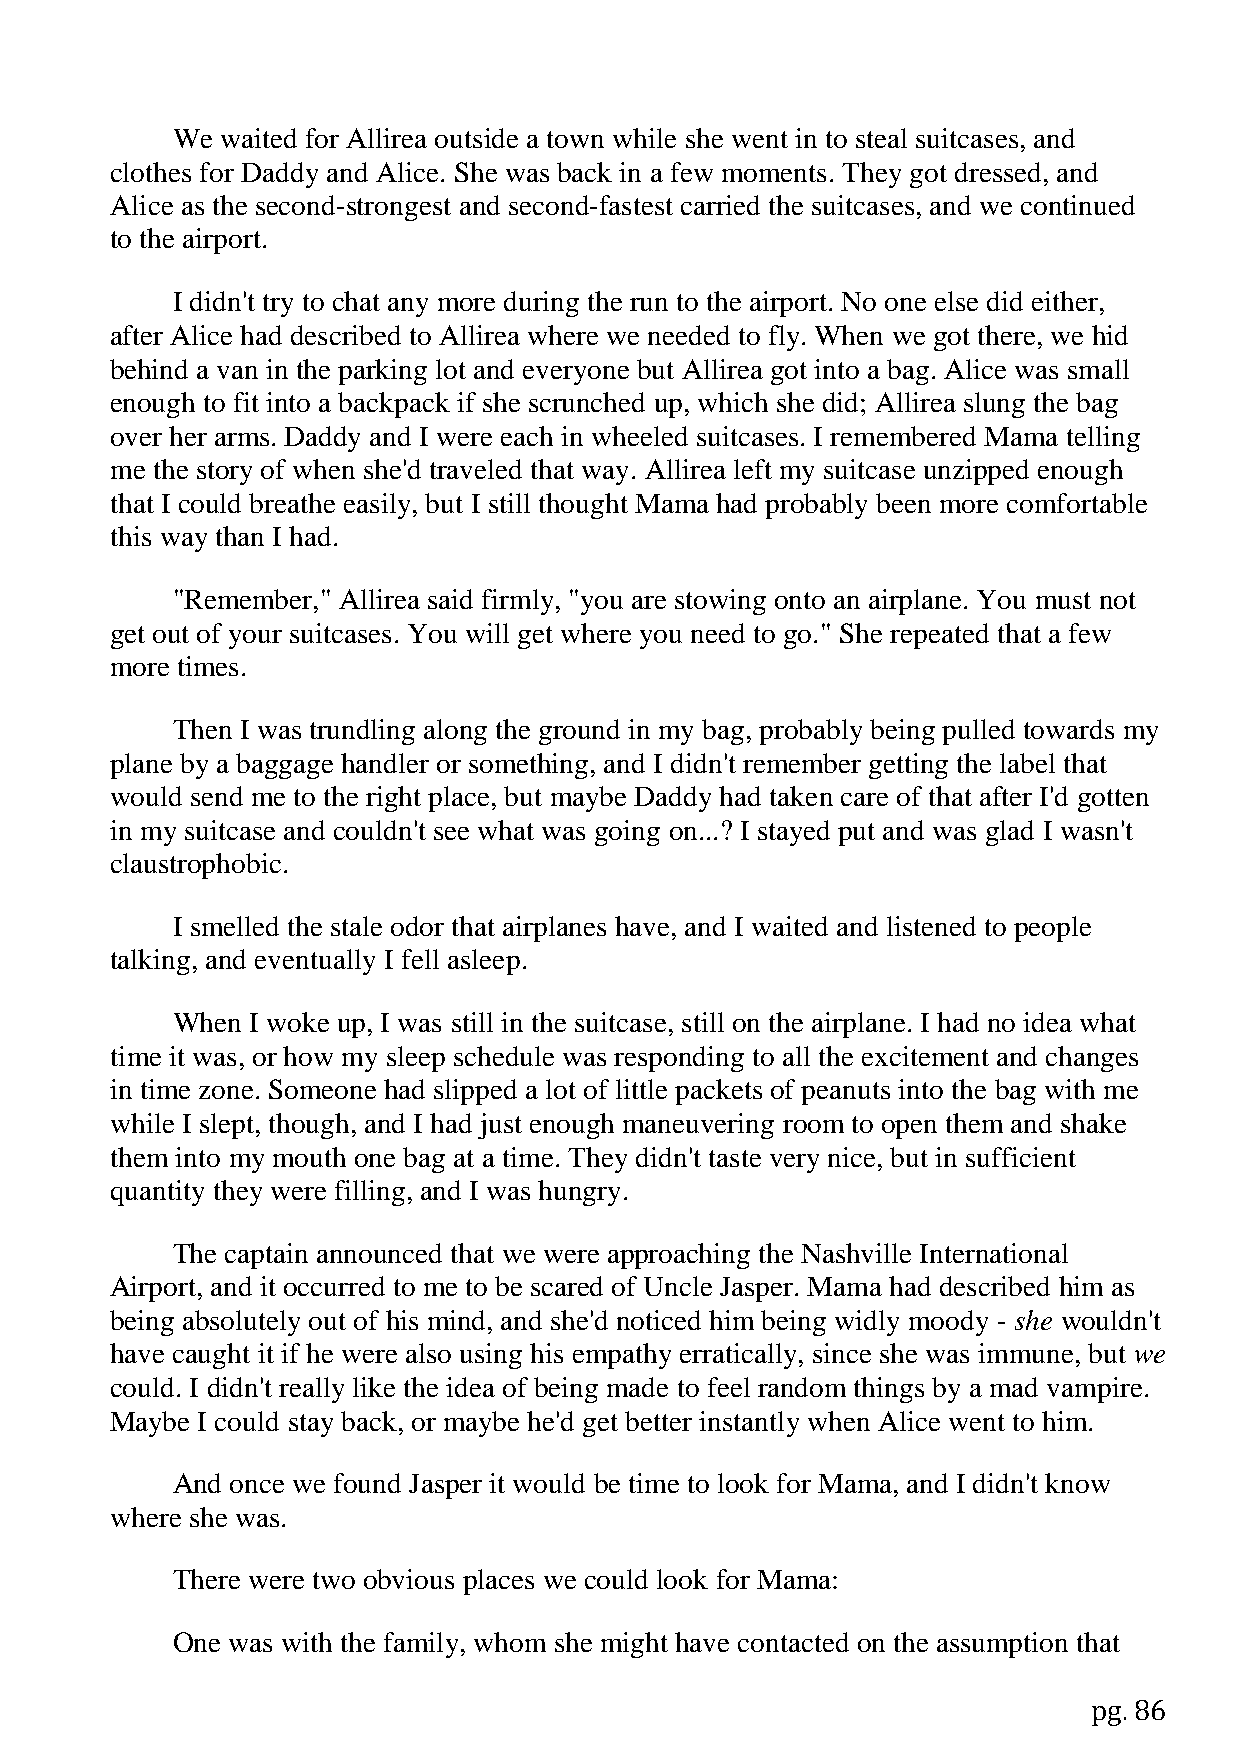
We  waited for Allirea outside a town while she went in to steal suitcases, and
 clothes for Daddy and Alice. She was back in a few moments. They got dressed, and
 Alice as the second-strongest and second-fastest carried the suitcases, and we continued
 to the airport.
 I didn't try to chat any more during the run to the airport. No one else did either,
 after Alice had described to Allirea where we needed to fly. When we got there, we hid
 behind a van in the parking lot and everyone but Allirea got into a bag. Alice was small
 enough to fit into a backpack if she scrunched up, which she did; Allirea slung the bag
 over her arms. Daddy and I were each in wheeled suitcases. I remembered Mama telling
 me the story of when she'd traveled that way. Allirea left my suitcase unzipped enough
 that I could breathe easily, but I still thought Mama had probably been more comfortable
 this way than I had.
 "Remember," Allirea said firmly, "you are stowing onto an airplane. You must not
 get out of your suitcases. You will get where you need to go." She repeated that a few
 more times.
 Then I was trundling along the ground in my bag, probably being pulled towards my
 plane by a baggage handler or something, and I didn't remember getting the label that
 would send me to the right place, but maybe Daddy had taken care of that after I'd gotten
 in my suitcase and couldn't see what was going on...? I stayed put and was glad I wasn't
 claustrophobic.
 I smelled the stale odor that airplanes have, and I waited and listened to people
 talking, and eventually I fell asleep.
 When  I woke up, I was still in the suitcase, still on the airplane. I had no idea what
 time it was, or how my sleep schedule was responding to all the excitement and changes
 in time zone. Someone had slipped a lot of little packets of peanuts into the bag with me
 while I slept, though, and I had just enough maneuvering room to open them and shake
 them into my mouth one bag at a time. They didn't taste very nice, but in sufficient
 quantity they were filling, and I was hungry.
 The captain announced that we were approaching the Nashville International
 Airport, and it occurred to me to be scared of Uncle Jasper. Mama had described him as
 being absolutely out of his mind, and she'd noticed him being widly moody - she wouldn't
 have caught it if he were also using his empathy erratically, since she was immune, but we
 could. I didn't really like the idea of being made to feel random things by a mad vampire.
 Maybe I could stay back, or maybe he'd get better instantly when Alice went to him.
 And once we found Jasper it would be time to look for Mama, and I didn't know
 where she was.
 There were two obvious places we could look for Mama:
 One was with the family, whom she might have contacted on the assumption that
 pg. 86